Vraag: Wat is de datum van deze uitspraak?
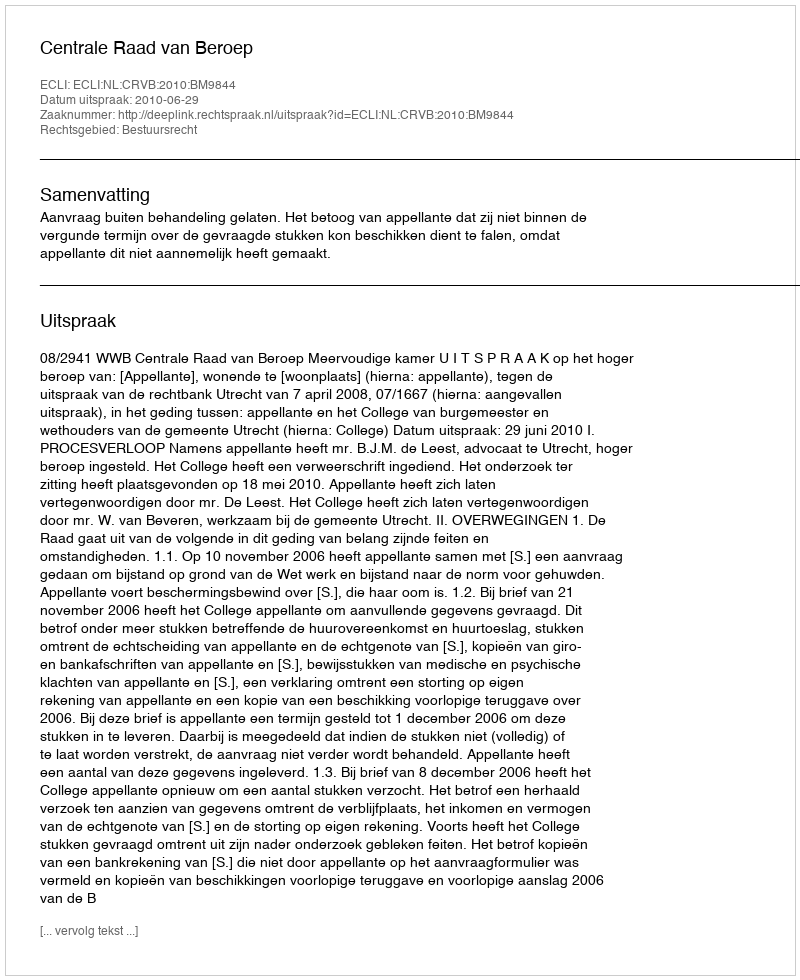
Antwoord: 2010-06-29